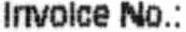
INVOICE NO.: